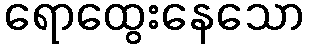
ရောထွေးနေသော